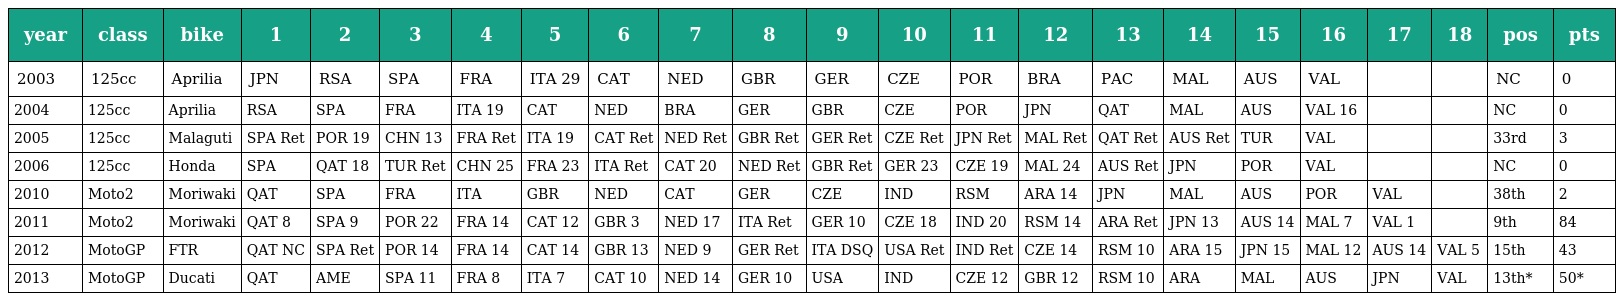
| year | class | bike | 1 | 2 | 3 | 4 | 5 | 6 | 7 | 8 | 9 | 10 | 11 | 12 | 13 | 14 | 15 | 16 | 17 | 18 | pos | pts |
 | --- | --- | --- | --- | --- | --- | --- | --- | --- | --- | --- | --- | --- | --- | --- | --- | --- | --- | --- | --- | --- | --- | --- |
 | 2003 | 125cc | Aprilia | JPN | RSA | SPA | FRA | ITA 29 | CAT | NED | GBR | GER | CZE | POR | BRA | PAC | MAL | AUS | VAL |  |  | NC | 0 |
 | 2004 | 125cc | Aprilia | RSA | SPA | FRA | ITA 19 | CAT | NED | BRA | GER | GBR | CZE | POR | JPN | QAT | MAL | AUS | VAL 16 |  |  | NC | 0 |
 | 2005 | 125cc | Malaguti | SPA Ret | POR 19 | CHN 13 | FRA Ret | ITA 19 | CAT Ret | NED Ret | GBR Ret | GER Ret | CZE Ret | JPN Ret | MAL Ret | QAT Ret | AUS Ret | TUR | VAL |  |  | 33rd | 3 |
 | 2006 | 125cc | Honda | SPA | QAT 18 | TUR Ret | CHN 25 | FRA 23 | ITA Ret | CAT 20 | NED Ret | GBR Ret | GER 23 | CZE 19 | MAL 24 | AUS Ret | JPN | POR | VAL |  |  | NC | 0 |
 | 2010 | Moto2 | Moriwaki | QAT | SPA | FRA | ITA | GBR | NED | CAT | GER | CZE | IND | RSM | ARA 14 | JPN | MAL | AUS | POR | VAL |  | 38th | 2 |
 | 2011 | Moto2 | Moriwaki | QAT 8 | SPA 9 | POR 22 | FRA 14 | CAT 12 | GBR 3 | NED 17 | ITA Ret | GER 10 | CZE 18 | IND 20 | RSM 14 | ARA Ret | JPN 13 | AUS 14 | MAL 7 | VAL 1 |  | 9th | 84 |
 | 2012 | MotoGP | FTR | QAT NC | SPA Ret | POR 14 | FRA 14 | CAT 14 | GBR 13 | NED 9 | GER Ret | ITA DSQ | USA Ret | IND Ret | CZE 14 | RSM 10 | ARA 15 | JPN 15 | MAL 12 | AUS 14 | VAL 5 | 15th | 43 |
 | 2013 | MotoGP | Ducati | QAT | AME | SPA 11 | FRA 8 | ITA 7 | CAT 10 | NED 14 | GER 10 | USA | IND | CZE 12 | GBR 12 | RSM 10 | ARA | MAL | AUS | JPN | VAL | 13th* | 50* |